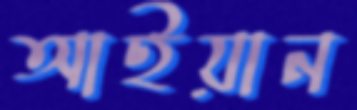
আইয়ান